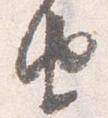
由